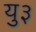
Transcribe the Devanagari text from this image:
यु३